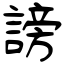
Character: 謗